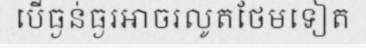
បើធ្ងន់ធ្ងរអាចរលូតថែមទៀត